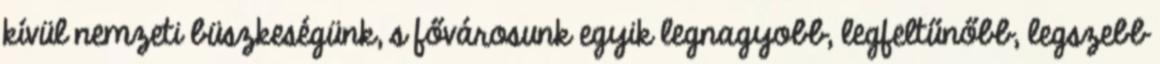
kívül nemzeti büszkeségünk, s fővárosunk egyik legnagyobb, legfeltűnőbb, legszebb